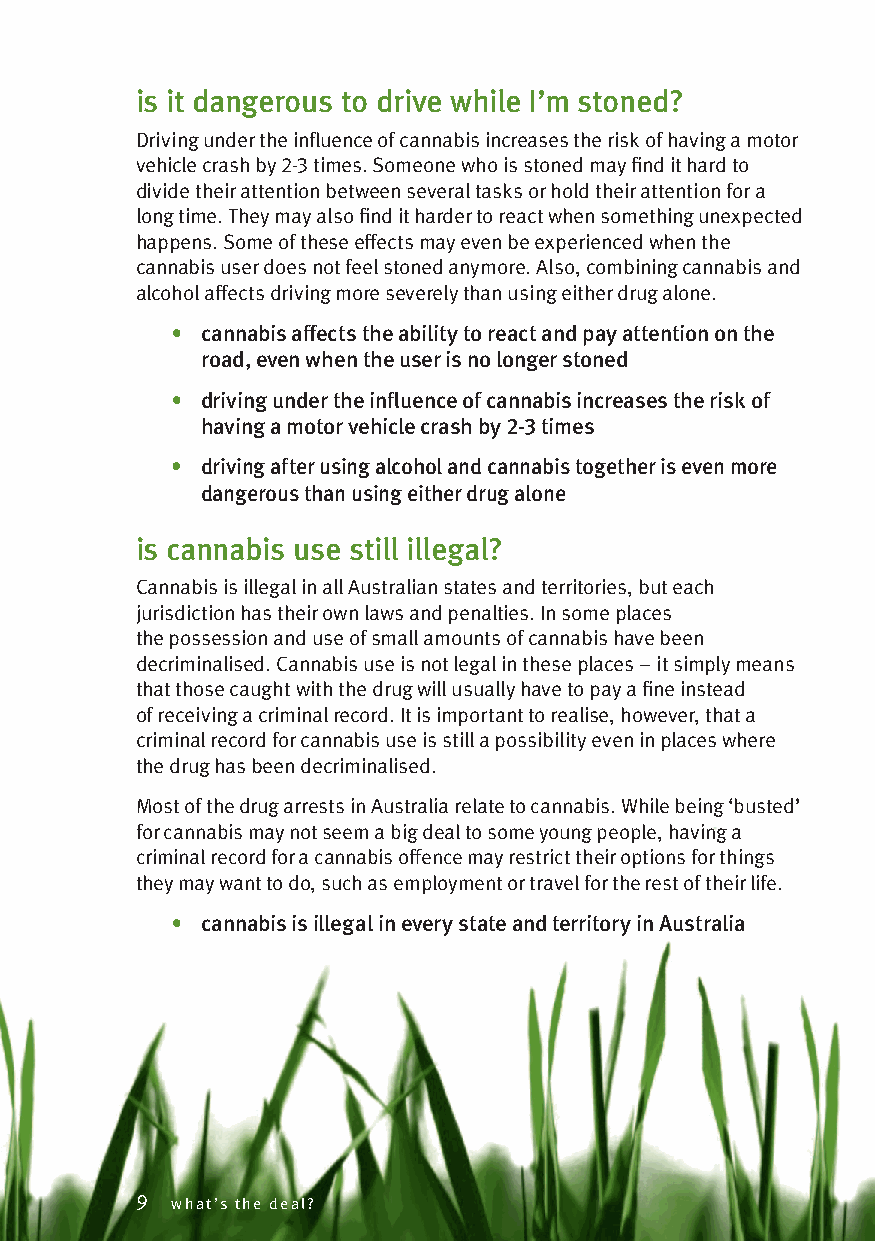
is it dangerous to drive while I’m stoned?
 Driving under the influence of cannabis increases the risk of having a motor
 vehicle crash by 2-3 times. Someone who is stoned may find it hard to
 divide their attention between several tasks or hold their attention for a
 long time. They may also find it harder to react when something unexpected
 happens. Some of these effects may even be experienced when the
 cannabis user does not feel stoned anymore. Also, combining cannabis and
 alcohol affects driving more severely than using either drug alone.
 • cannabis affects the ability to react and pay attention on the
 road, even when the user is no longer stoned
 • driving under the influence of cannabis increases the risk of
 having a motor vehicle crash by 2-3 times
 • driving after using alcohol and cannabis together is even more
 dangerous than using either drug alone
 is cannabis use still illegal?
 Cannabis is illegal in all Australian states and territories, but each
 jurisdiction has their own laws and penalties. In some places
 the possession and use of small amounts of cannabis have been
 decriminalised. Cannabis use is not legal in these places – it simply means
 that those caught with the drug will usually have to pay a fine instead
 of receiving a criminal record. It is important to realise, however, that a
 criminal record for cannabis use is still a possibility even in places where
 the drug has been decriminalised.
 Most of the drug arrests in Australia relate to cannabis. While being ‘busted’
 for cannabis may not seem a big deal to some young people, having a
 criminal record for a cannabis offence may restrict their options for things
 they may want to do, such as employment or travel for the rest of their life.
 • cannabis is illegal in every state and territory in Australia
 9 what’s the deal?